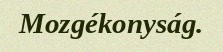
Mozgékonyság.